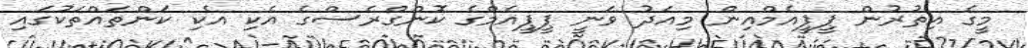
މީގެ އިތުރުން ޕީޕީއެމްއިން މިއަދު ވަނީ ޕީޕީއެމްގެ ކޮންގްރެސްގެ އެކި އެކި ކަންތައްތަކުގައި